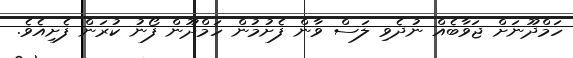
ހަމްދޫނަށް ޖަވާބެއް ނުދެވި ލަސް ވާން ފެށުމުން ހަމްދޫން ފޯނު ކުރަން ފެށިއެވެ.